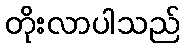
တိုးလာပါသည်